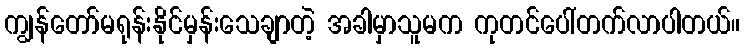
ကျွန်တော်မရုန်းနိုင်မှန်းသေချာတဲ့ အခါမှာသူမက ကုတင်ပေါ်တက်လာပါတယ်။